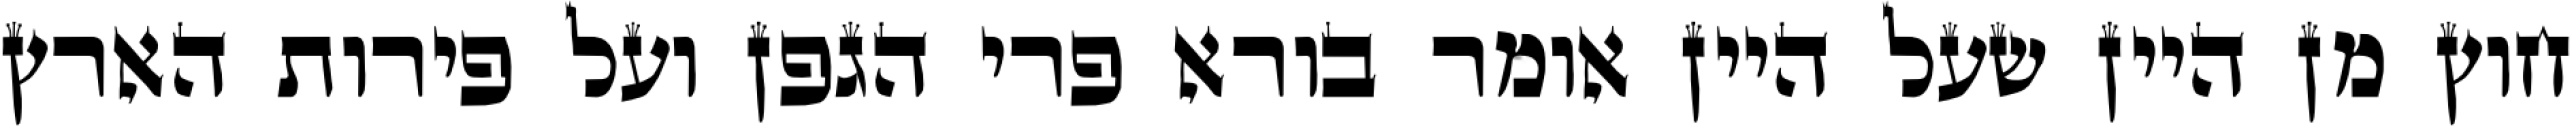
חוץ מן היין שעל היין אומר בורא פרי הגפן ועל פירות הארץ